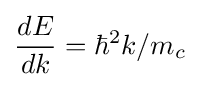
{dE \over dk}=\hbar ^{2}k/m_{c}